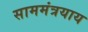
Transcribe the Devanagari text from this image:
साममंत्रयाय